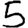
Digit: 5